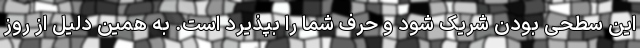
این سطحی بودن شریک شود و حرف شما را بپذیرد است. به همین دلیل از روز